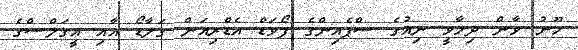
ހޫނު ވާން ދިމާވީ ނިއުގެ ސްޕެއިންގެ ފޯވަޑް އެޑްރިއަން ގަލާޑޯ އާއި އީގަލްސްގެ